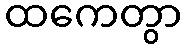
ထကေတွာ